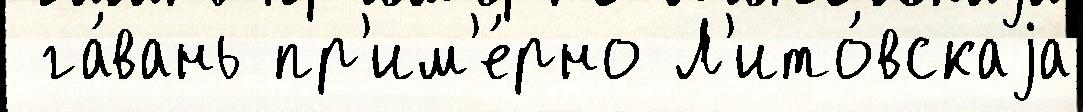
 га́вань пр'им'е́рно Л'ито́вскаjа